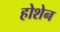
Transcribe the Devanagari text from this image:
होशेन